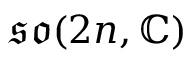
{ \mathfrak { s o } } ( 2 n , \mathbb { C } )